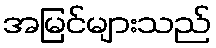
အမြင်များသည်